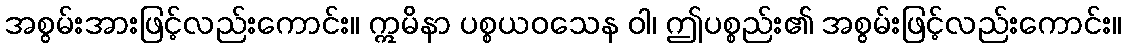
အစွမ်းအားဖြင့်လည်းကောင်း။ ဣမိနာ ပစ္စယဝသေန ဝါ၊ ဤပစ္စည်း၏ အစွမ်းဖြင့်လည်းကောင်း။